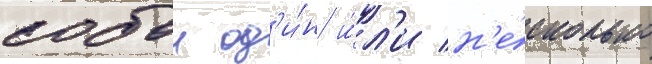
собои од'и́н и́л'и н'е́сколько